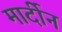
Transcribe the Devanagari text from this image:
मार्दीन